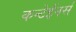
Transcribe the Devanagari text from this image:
कन्टेईनर्स